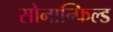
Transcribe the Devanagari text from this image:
सोनान्फिल्ड